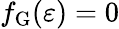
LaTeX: f_{\mathrm{G}}(\varepsilon)=0